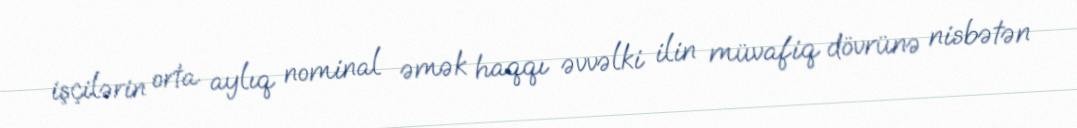
işçilərin orta aylıq nominal əmək haqqı əvvəlki ilin müvafiq dövrünə nisbətən